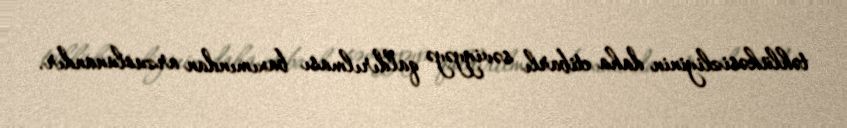
təhlükəsizliyinin daha etibarlı səviyyəyə qaldırılması baxımından arzuolunandır.